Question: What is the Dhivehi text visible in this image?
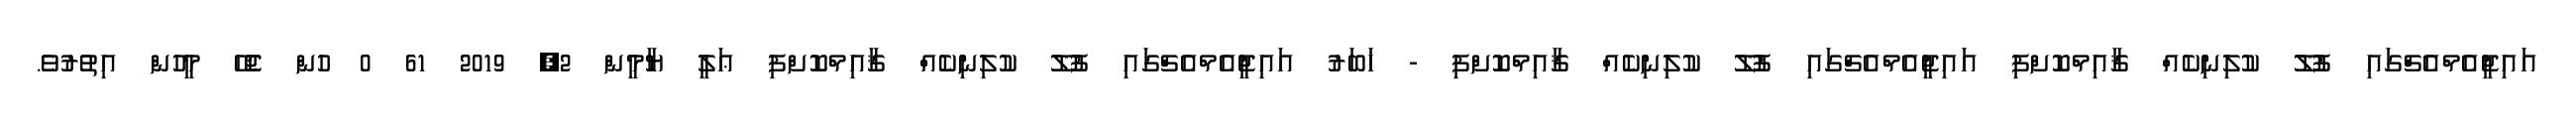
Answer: އައިޖީއެމްއެޗްގައި ފުލޫ ކުލިނިކެއް ޤާއިމްކޮށްފި އައިޖީއެމްއެޗްގައި ފުލޫ ކުލިނިކެއް ޤާއިމްކޮށްފި - ޚަބަރު އައިޖީއެމްއެޗްގައި ފުލޫ ކުލިނިކެއް ޤާއިމްކޮށްފި ޢަލީ ޔާމީން 2, 2019 61 0 ހުން ޖެހޭ މީހުން އިތުރުވެ.